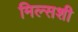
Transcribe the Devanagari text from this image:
मिल्सशी